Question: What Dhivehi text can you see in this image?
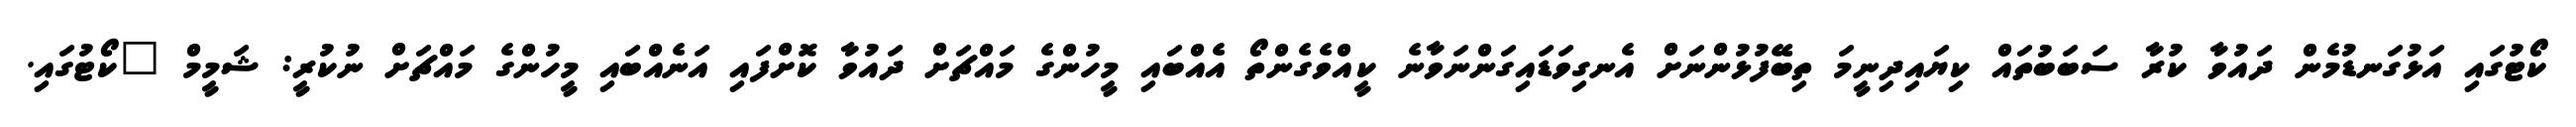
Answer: ކޯޓުގައި އަޅުގަނޑުމެން ދައުވާ ކުރާ ސަބަބުތައް ކިޔައިދިނީމަ ތިބޭފުޅުންނަށް އެނގިވަޑައިގަންނަވާނެ ކީއްވެގެންތޯ އެއްބައި މީހުންގެ މައްޗަށް ދައުވާ ކޮށްފައި އަނެއްބައި މީހުންގެ މައްޗަށް ނުކުރީ: ޝަމީމް "ކޯޓުގައި.